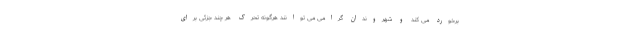
برخورد می کند و شهروندان گرامی می توانند هرگونه تحرک هر چند جزئی برای